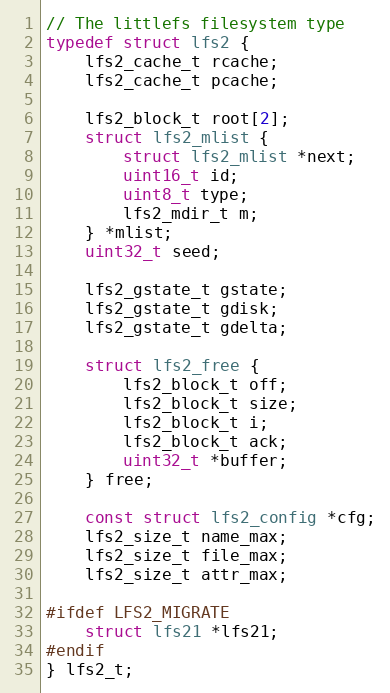
Language: C
// The littlefs filesystem type
typedef struct lfs2 {
    lfs2_cache_t rcache;
    lfs2_cache_t pcache;

    lfs2_block_t root[2];
    struct lfs2_mlist {
        struct lfs2_mlist *next;
        uint16_t id;
        uint8_t type;
        lfs2_mdir_t m;
    } *mlist;
    uint32_t seed;

    lfs2_gstate_t gstate;
    lfs2_gstate_t gdisk;
    lfs2_gstate_t gdelta;

    struct lfs2_free {
        lfs2_block_t off;
        lfs2_block_t size;
        lfs2_block_t i;
        lfs2_block_t ack;
        uint32_t *buffer;
    } free;

    const struct lfs2_config *cfg;
    lfs2_size_t name_max;
    lfs2_size_t file_max;
    lfs2_size_t attr_max;

#ifdef LFS2_MIGRATE
    struct lfs21 *lfs21;
#endif
} lfs2_t;